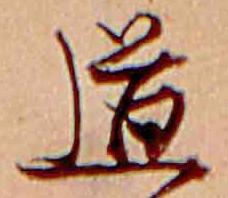
道